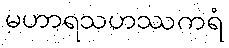
မဟာရသဟဿကရံ